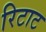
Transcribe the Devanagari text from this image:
रिटाट